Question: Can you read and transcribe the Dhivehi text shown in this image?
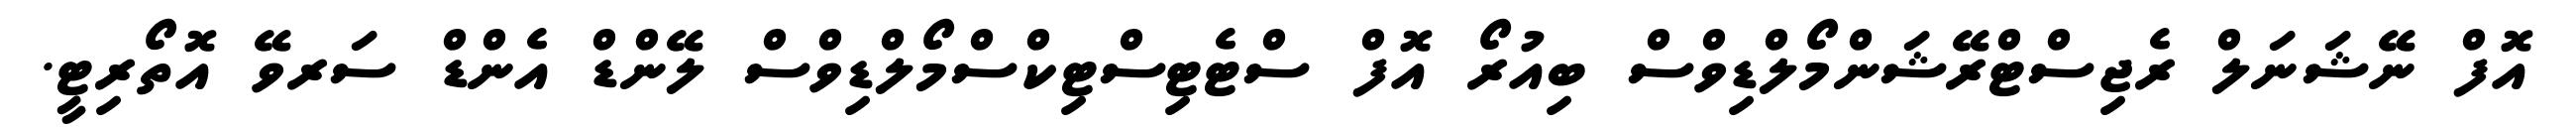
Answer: އޮފް ނޭޝަނަލް ރެޖިސްޓްރޭޝަންމޯލްޑިވްސް ބިއުރޯ އޮފް ސްޓެޓިސްޓިކްސްމޯލްޑިވްސް ލޭންޑް އެންޑް ސަރވޭ އޮތޯރިޓީ.